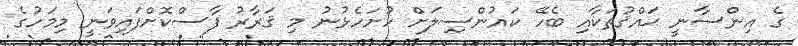
ގެ އިންސާނީ ޙައްޤުތަކާއި ބެހޭ ކައުންސިލަށް ހުށަހެޅުނު މި ޤަރާރު ފާސްކޮށްފައިވަނީ މިމަހުގެ